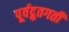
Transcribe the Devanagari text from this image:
पूर्वद्रुतगती